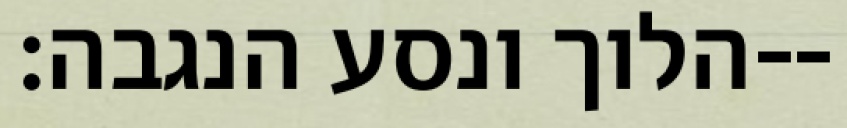
הלוך ונסע הנגבה׃--